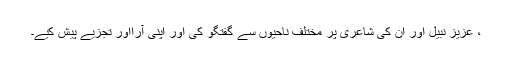
، عزیز نبیل اور ان کی شاعری پر مختلف ناحیوں سے گفتگو کی اور اپنی آرااور تجزیے پیش کیے۔